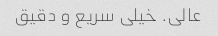
عالی. خیلی سریع و دقیق